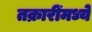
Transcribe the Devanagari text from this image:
तक्रारींमध्ये